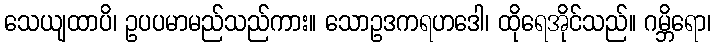
သေယျထာပိ၊ ဥပပမာမည်သည်ကား။ သောဥဒကရဟဒေါ၊ ထိုရေအိုင်သည်။ ဂမ္ဘိရော၊